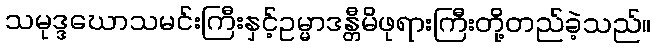
သမုဒ္ဒဃောသမင်းကြီးနှင့်ဥမ္မာဒန္တီမိဖုရားကြီးတို့တည်ခဲ့သည်။